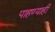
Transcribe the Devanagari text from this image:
पाहण्याही